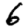
Digit: 6